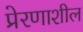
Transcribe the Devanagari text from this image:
प्रेरणाशील